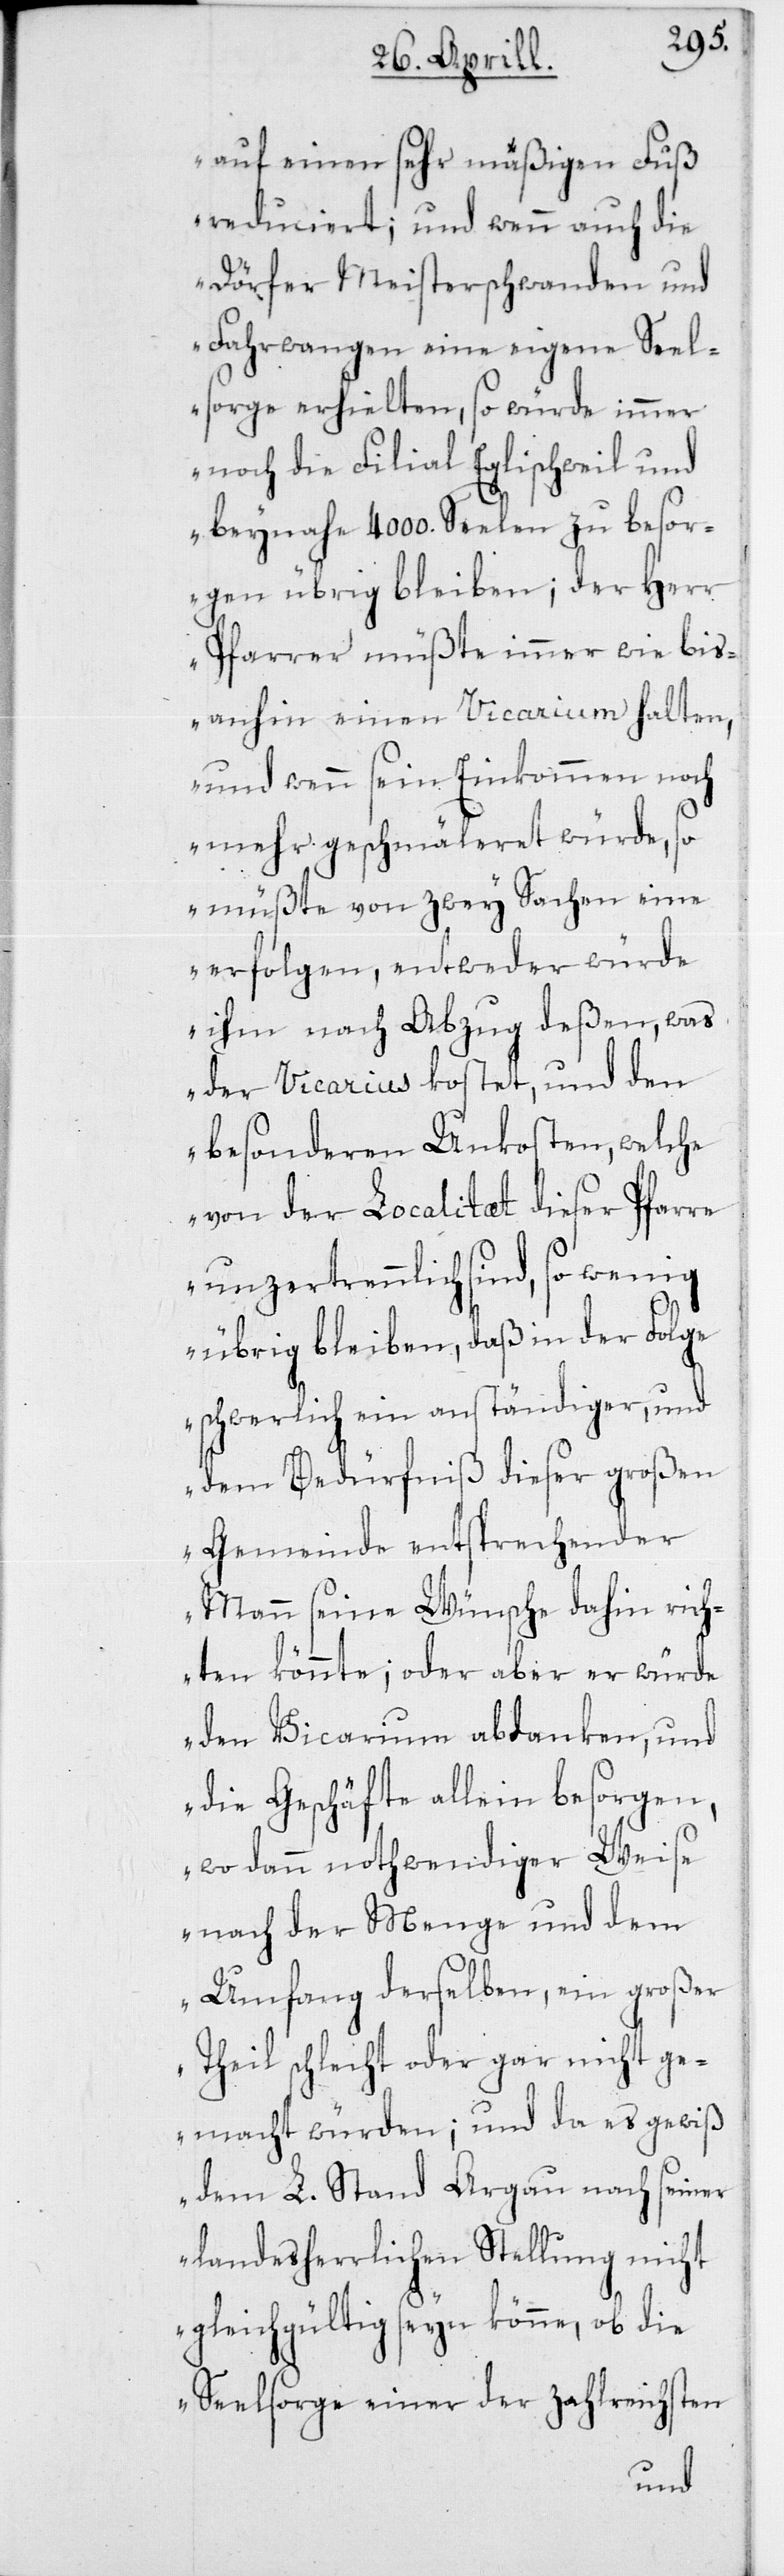
auf einen sehr mäßigen Fuß
reduciert; und wenn auch die
Dörfer Meisterschwanden und
Fahrwangen eine eigene Seel¬
sorge erhielten, so würde immer
noch die Filial Eglischweil und
beynahe 4000. Seelen zu besor¬
gen übrig bleiben; der Herr
Pfarrer müßte immer wie bis¬
anhin einen Vicarium halten,
und wenn sein Einkommen noch
mehr gerschmäleret würde, so
müßte von zwey Sachen eine
erfolgen, entweder würde
ihm nach Abzug deßen, was
der Vicarius kostet, und den
besonderen Unkosten, welche
von der Localitaet dieser Pfarre
unzertrennlich sind, so wenig
übrig bleiben, daß in der Folge
schwerlich ein anständiger, und
dem Bedürfniß dieser großen
Gemeinde entsprechender
Mann seine Wünsche dahin rich¬
ten könnte; oder aber er würde
den Vicarium abdanken, und
die Geschäfte allein besorgen,
wo dann nothwendiger Weise
nach der Menge und dem
Umfang derselben, ein großer
Theil schlecht oder gar nicht ge¬
macht würden; und da es gewiß
dem L. Stand Argau nach seiner
landesherrlichen Stellung nicht
gleichgültig seyn könne, ob die
Seelsorge einer der zahlreichsten